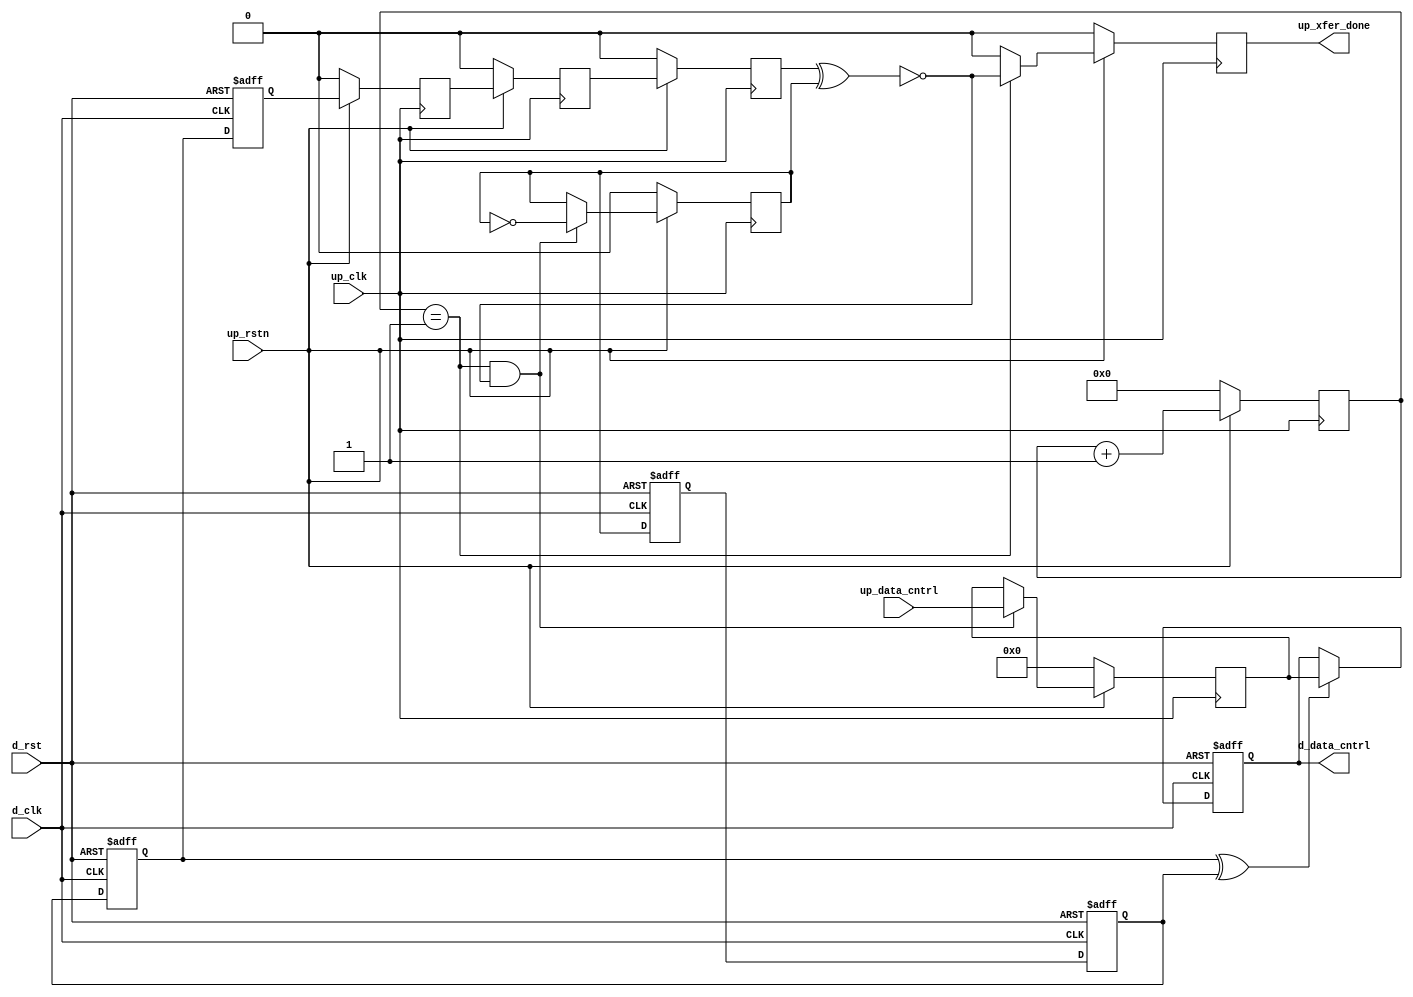
// This program was cloned from: https://github.com/Nitcloud/Digital-IDE
// License: GNU General Public License v3.0

// ***************************************************************************
// ***************************************************************************
// Copyright 2014 - 2017 (c) Analog Devices, Inc. All rights reserved.
//
// In this HDL repository, there are many different and unique modules, consisting
// of various HDL (Verilog or VHDL) components. The individual modules are
// developed independently, and may be accompanied by separate and unique license
// terms.
//
// The user should read each of these license terms, and understand the
// freedoms and responsibilities that he or she has by using this source/core.
//
// This core is distributed in the hope that it will be useful, but WITHOUT ANY
// WARRANTY; without even the implied warranty of MERCHANTABILITY or FITNESS FOR
// A PARTICULAR PURPOSE.
//
// Redistribution and use of source or resulting binaries, with or without modification
// of this file, are permitted under one of the following two license terms:
//
//   1. The GNU General Public License version 2 as published by the
//      Free Software Foundation, which can be found in the top level directory
//      of this repository (LICENSE_GPL2), and also online at:
//      <https://www.gnu.org/licenses/old-licenses/gpl-2.0.html>
//
// OR
//
//   2. An ADI specific BSD license, which can be found in the top level directory
//      of this repository (LICENSE_ADIBSD), and also on-line at:
//      https://github.com/analogdevicesinc/hdl/blob/master/LICENSE_ADIBSD
//      This will allow to generate bit files and not release the source code,
//      as long as it attaches to an ADI device.
//
// ***************************************************************************
// ***************************************************************************

`timescale 1ns/100ps

module up_xfer_cntrl #(

  parameter     DATA_WIDTH = 8) (

  // up interface

  input                       up_rstn,
  input                       up_clk,
  input   [(DATA_WIDTH-1):0]  up_data_cntrl,
  output                      up_xfer_done,

  // device interface

  input                       d_rst,
  input                       d_clk,
  output  [(DATA_WIDTH-1):0]  d_data_cntrl);

  // internal registers

  reg                         up_xfer_state_m1 = 'd0;
  reg                         up_xfer_state_m2 = 'd0;
  reg                         up_xfer_state = 'd0;
  reg     [ 5:0]              up_xfer_count = 'd0;
  reg                         up_xfer_done_int = 'd0;
  reg                         up_xfer_toggle = 'd0;
  reg     [(DATA_WIDTH-1):0]  up_xfer_data = 'd0;
  reg                         d_xfer_toggle_m1 = 'd0;
  reg                         d_xfer_toggle_m2 = 'd0;
  reg                         d_xfer_toggle_m3 = 'd0;
  reg                         d_xfer_toggle = 'd0;
  reg     [(DATA_WIDTH-1):0]  d_data_cntrl_int = 'd0;

  // internal signals

  wire                        up_xfer_enable_s;
  wire                        d_xfer_toggle_s;

  // device control transfer

  assign up_xfer_done = up_xfer_done_int;
  assign up_xfer_enable_s = up_xfer_state ^ up_xfer_toggle;

  always @(posedge up_clk) begin
    if (up_rstn == 1'b0) begin
      up_xfer_state_m1 <= 'd0;
      up_xfer_state_m2 <= 'd0;
      up_xfer_state <= 'd0;
      up_xfer_count <= 'd0;
      up_xfer_done_int <= 'd0;
      up_xfer_toggle <= 'd0;
      up_xfer_data <= 'd0;
    end else begin
      up_xfer_state_m1 <= d_xfer_toggle;
      up_xfer_state_m2 <= up_xfer_state_m1;
      up_xfer_state <= up_xfer_state_m2;
      up_xfer_count <= up_xfer_count + 1'd1;
      up_xfer_done_int <= (up_xfer_count == 6'd1) ? ~up_xfer_enable_s : 1'b0;
      if ((up_xfer_count == 6'd1) && (up_xfer_enable_s == 1'b0)) begin
        up_xfer_toggle <= ~up_xfer_toggle;
        up_xfer_data <= up_data_cntrl;
      end
    end
  end

  assign d_data_cntrl = d_data_cntrl_int;
  assign d_xfer_toggle_s = d_xfer_toggle_m3 ^ d_xfer_toggle_m2;

  always @(posedge d_clk or posedge d_rst) begin
    if (d_rst == 1'b1) begin
      d_xfer_toggle_m1 <= 'd0;
      d_xfer_toggle_m2 <= 'd0;
      d_xfer_toggle_m3 <= 'd0;
      d_xfer_toggle <= 'd0;
      d_data_cntrl_int <= 'd0;
    end else begin
      d_xfer_toggle_m1 <= up_xfer_toggle;
      d_xfer_toggle_m2 <= d_xfer_toggle_m1;
      d_xfer_toggle_m3 <= d_xfer_toggle_m2;
      d_xfer_toggle <= d_xfer_toggle_m3;
      if (d_xfer_toggle_s == 1'b1) begin
        d_data_cntrl_int <= up_xfer_data;
      end
    end
  end

endmodule

// ***************************************************************************
// ***************************************************************************